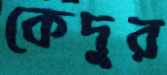
কেদুর